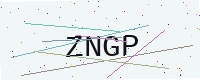
Text: ZNGP